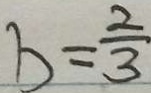
b = \frac { 2 } { 3 }